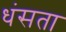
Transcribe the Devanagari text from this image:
धंसता